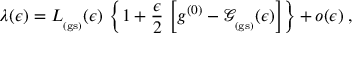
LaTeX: \lambda ( \epsilon ) = L _ { _ \mathrm { ( g s ) } } ( \epsilon ) \, \left\{ 1 + \frac { \epsilon } { 2 } \, \left[ g ^ { ( 0 ) } - { \mathcal G } _ { _ \mathrm { ( g s ) } } ( \epsilon ) \right] \right\} + o ( \epsilon ) \; ,